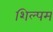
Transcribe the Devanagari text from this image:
शिल्पम